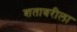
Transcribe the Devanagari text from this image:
शतावरीला